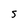
Character: 5